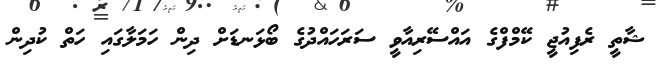
ޝާތީ ރެފިއުޖީ ކޭމްފްގެ އައްސޭރިއާވީ ސަރަހައްދުގެ ބޯޅަނޑަށް ދިން ހަމަލާގައި ހަތް ކުދިން